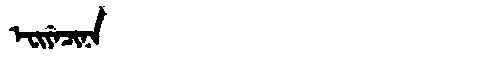
Manchu: ᡝᠸᡳᠶᡝᠴᡳᠨᠠ
Romanization: EFIYECINA